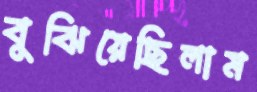
বুঝিয়েছিলাম